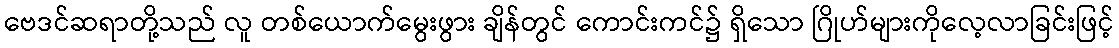
ဗေဒင်ဆရာတို့သည် လူ တစ်ယောက်မွေးဖွား ချိန်တွင် ကောင်းကင်၌ ရှိသော ဂြိုဟ်များကိုလေ့လာခြင်းဖြင့်